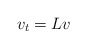
\begin{align*}v_t=Lv\end{align*}